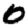
Digit: 0